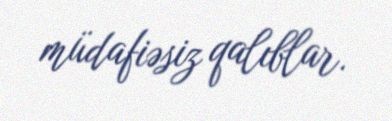
müdafiəsiz qalıblar.